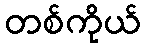
တစ်ကိုယ်